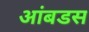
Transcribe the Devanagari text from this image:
आंबडस